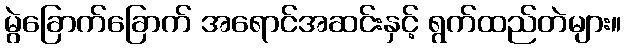
မွဲခြောက်ခြောက် အရောင်အဆင်းနှင့် ရွက်ထည်တဲများ။